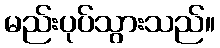
မည်းပုပ်သွားသည်။